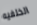
الخلفيه